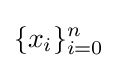
\{x_{i}\}_{i=0}^{n}